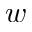
w